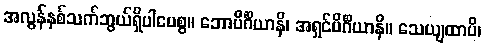
အလွန်နှစ်သက်ဘွယ်ရှိပါပေစွ။ ဘောပိင်္ဂိယာနိ၊ အရှင်ပိင်္ဂိယာနိ။ သေယျထာပိ၊